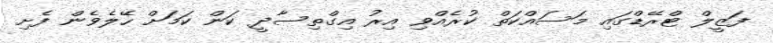
ފަޒީލް ޓްރޭޑްގައި މަސައްކަތް ކުރެއްވި އިރު އިގްތިސާދީ ކަން ކަމަށް ހޭލެވެން ފެށި